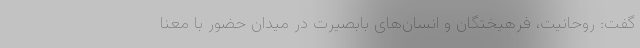
گفت: روحانیت، فرهیختگان و انسان‌های بابصیرت در میدان حضور با معنا